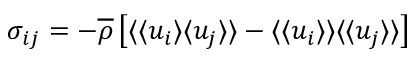
\sigma _ { i j } = - \overline { { \rho } } \left[ \langle \langle u _ { i } \rangle \langle u _ { j } \rangle \rangle - \langle \langle u _ { i } \rangle \rangle \langle \langle u _ { j } \rangle \rangle \right]